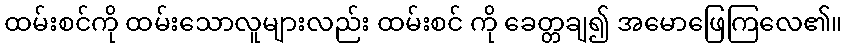
ထမ်းစင်ကို ထမ်းသောလူများလည်း ထမ်းစင် ကို ခေတ္တချ၍ အမောဖြေကြလေ၏။